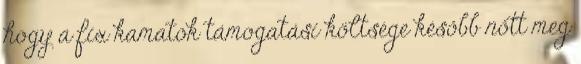
hogy a fix kamatok támogatási költsége később nőtt meg